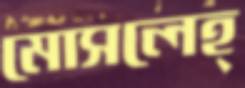
মোসলেহ্